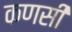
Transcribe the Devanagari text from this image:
कणसी